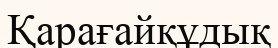
Қарағайқұдық